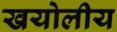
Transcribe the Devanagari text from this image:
खयोलीय